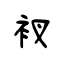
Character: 衩